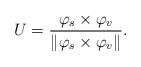
LaTeX: \begin{align*}U=\frac{\varphi _{s}\times \varphi _{v}}{\left\Vert \varphi _{s}\times\varphi _{v}\right\Vert }. \end{align*}